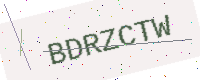
Text: BDRZCTW